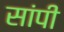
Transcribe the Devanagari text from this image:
सांपी